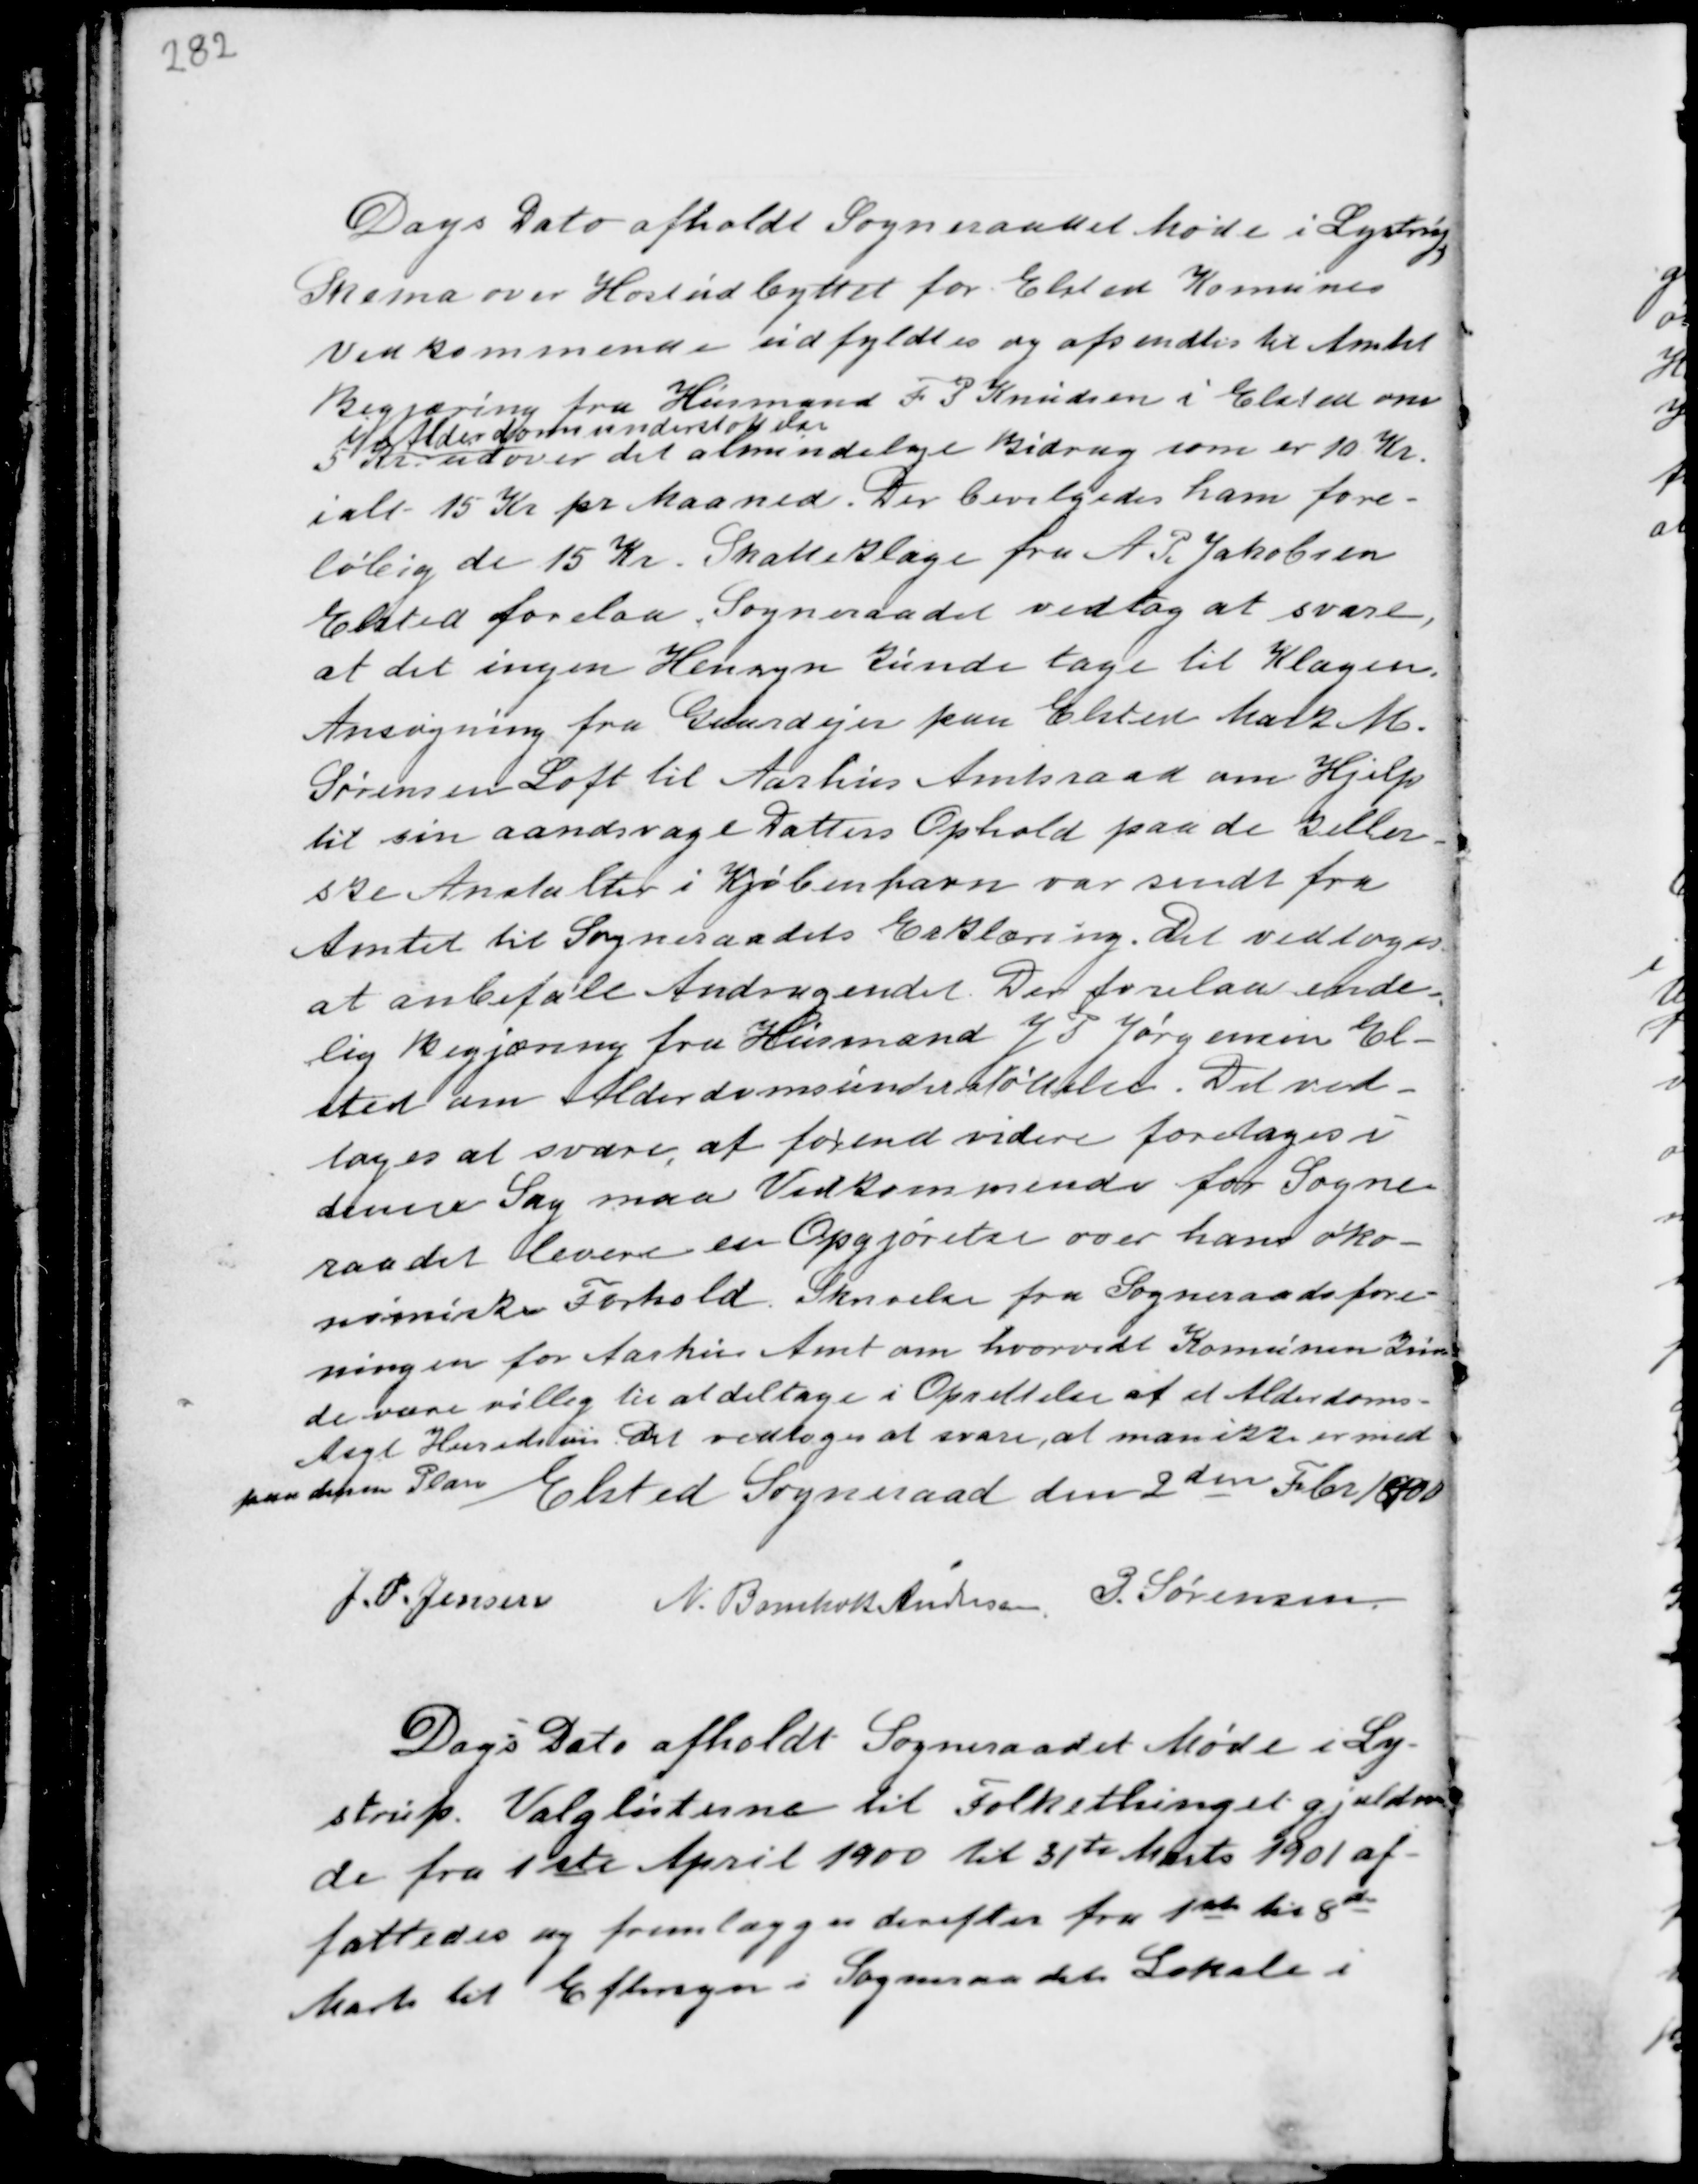
Transskription:
Dags Dato afholdt Sogneraadet Møde i Lystrup
Skema over Høstudbyttet for Elsted Komunes
vedkommende udfyldtes og afsendtes til Amtet
Begjæring fra Husmand F P Knudsen i Elsted om
5 Kr.
i Alderdomsunderstøttelse
udover det almindelige Bidrag som er 10 Kr.
ialt 15 Kr pr Maaned. Der bevilgedes ham fore-
løbig de 15 Kr. Skatteklage fra A. P. Jakobsen
Elsted Forelaa. Sogneraadet vedtog at svare,
at det ingen Hensyn kunde tage til Klagen.
Ansøgning fra Gaardejer paa Elsted Mark M.
Sørensen Loft til Aarhus Amtsraad om Hjelp
til sin aandsvage Datters Ophold paa de Keller-
ske Anstalter i Kjøbenhavn var sendt fra
Amtet til Sogneraadets Erklæring. Det vedtoges
at anbefale Andragendet. Der forelaa ende-
lig Begjæring fra Husmand J P Jørgensen El-
sted om Alderdomsunderstøttelse. Det ved-
toges at svare, at førend videre foretages i
denne Sag maa Vedkommende for Sogne-
raadet levere en Opgjørelse over hans øko-
nomiske Forhold. Skrivelse fra Sogneraadsfore-
ningen for Aarhus Amt om hvorvidt Komunen kun-
de være villig til at deltage i Oprettelse af et Alderdoms-
Asyl Herredsvis. Det vedtoges at svare, at man ikke er med
paa denne Plan
Elsted Sogneraad den 2den Febr 1900

J.P. Jensen N. Bomholt Andersen P. Sørensen

Dags Dato afholdt Sogneraadet Møde i Ly-
strup. Valglisterne til Folkethinget gjælden
de fra 1ste April 1900 til 31te Marts 1901 af-
fattedes og fremlægges derefter fra 1ste til 8de
Marts til Eftersyn i Sogneraadets Lokale i